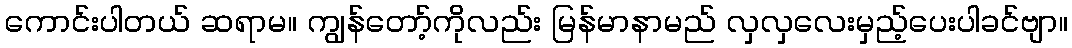
ကောင်းပါတယ် ဆရာမ။ ကျွန်တော့်ကိုလည်း မြန်မာနာမည် လှလှလေးမှည့်ပေးပါခင်ဗျာ။